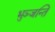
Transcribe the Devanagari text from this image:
भुञ्जन्ति